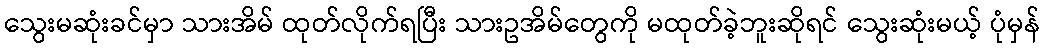
သွေးမဆုံးခင်မှာ သားအိမ် ထုတ်လိုက်ရပြီး သားဥအိမ်တွေကို မထုတ်ခဲ့ဘူးဆိုရင် သွေးဆုံးမယ့် ပုံမှန်